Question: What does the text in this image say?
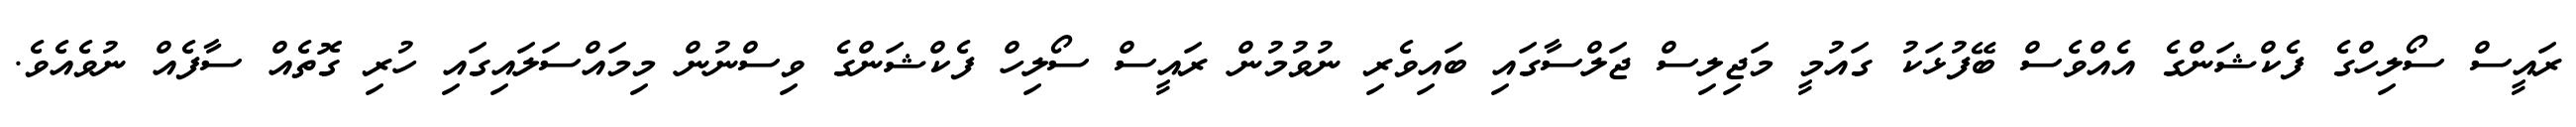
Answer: ރައީސް ސޯލިހްގެ ފެކްޝަންގެ އެއްވެސް ބޭފުޅަކު ގައުމީ މަޖިލިސް ޖަލްސާގައި ބައިވެރި ނުވުމުން ރައީސް ސޯލިހް ފެކްޝަންގެ ވިސްނުން މިމައްސަލައިގައި ހުރި ގޮތެއް ސާފެއް ނުވެއެވެ.